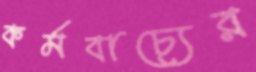
কর্মবাচ্যের